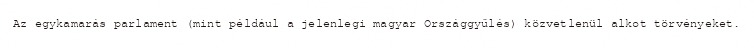
Az egykamarás parlament (mint például a jelenlegi magyar Országgyűlés) közvetlenül alkot törvényeket.